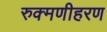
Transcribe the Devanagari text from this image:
रुक्मणीहरण